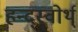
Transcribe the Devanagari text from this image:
हन्द्स्वोर्थ्